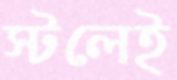
স্টলেই